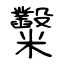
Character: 糳